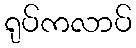
ရုပ်ကလာပ်